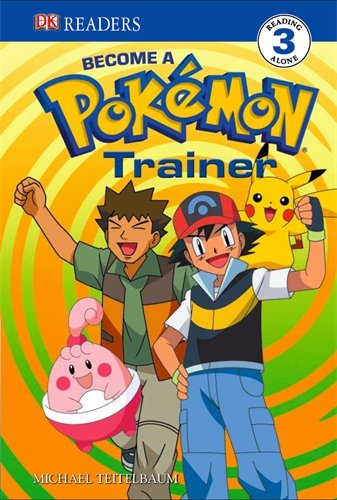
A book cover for Become a Pokemon Trainer. (DK Readers Level 3); Michael Teitelbaum; Computers & Technology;